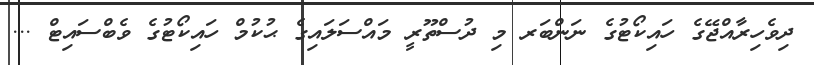
ދިވެހިރާއްޖޭގެ ހައިކޯޓުގެ ނަންބަރ މި ދުސްތޫރީ މައްސަލައިގެ ޙުކުމް ހައިކޯޓުގެ ވެބްސައިޓް ...